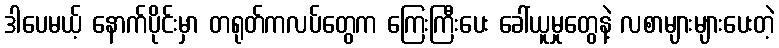
ဒါပေမယ့် နောက်ပိုင်းမှာ တရုတ်ကလပ်တွေက ကြေးကြီးပေး ခေါ်ယူမှုတွေနဲ့ လစာများများပေးတဲ့